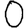
Digit: 0